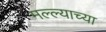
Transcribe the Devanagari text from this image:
मल्ल्याच्या